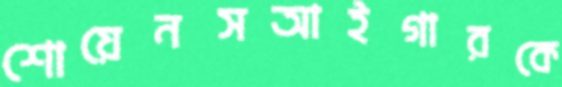
শোয়েনসআইগারকে